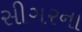
સીગરના